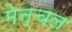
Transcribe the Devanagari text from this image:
मेन्चल